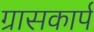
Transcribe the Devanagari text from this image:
ग्रासकार्प